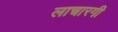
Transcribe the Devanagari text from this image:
लाचारगी